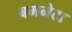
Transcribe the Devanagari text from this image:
बमनेटा